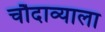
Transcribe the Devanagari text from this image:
चौदाव्याला